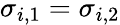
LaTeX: \sigma_{i,1}=\sigma_{i,2}